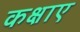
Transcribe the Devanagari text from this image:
कक्षाए